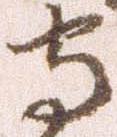
守